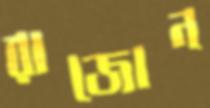
রাজোন